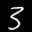
Label: 3